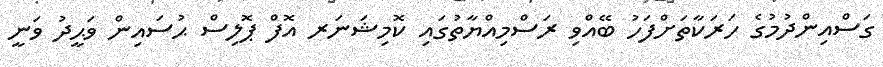
ގަސްއިންދުމުގެ ހަރަކާތަށްފަހު ބޭއްވި ރަސްމިއްޔާތުގައި ކޮމިޝަނަރ އޮފް ޕޮލިސް ޙުސައިން ވަޙީދު ވަނީ